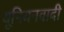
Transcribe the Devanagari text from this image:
यूनियनवादी